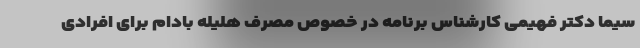
سیما دکتر فهیمی کارشناس برنامه در خصوص مصرف هلیله بادام برای افرادی